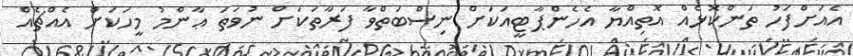
އެއަށްފަހު ތަންކޮޅެއް އޮތިއްޔާ އެހެންޕާޓީއަކަށް ނިސްބަތްވާ ފަރާތަކަށް ނުވަތަ ޢާންމު މީހަކަށް އެއްޗެއް